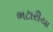
ભટારીયા